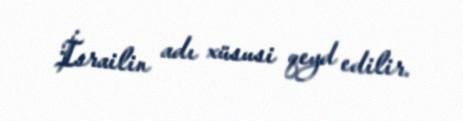
İsrailin adı xüsusi qeyd edilir.